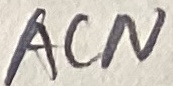
Text: ACN